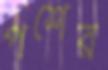
পশের